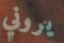
يروني